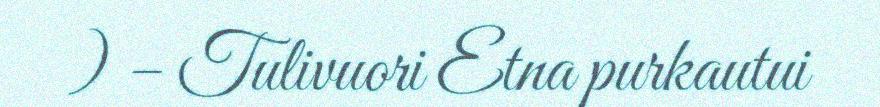
) – Tulivuori Etna purkautui